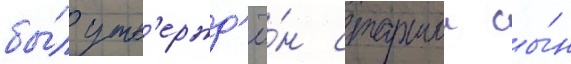
бы́л утв'ержд'ё́н старшии сы́н